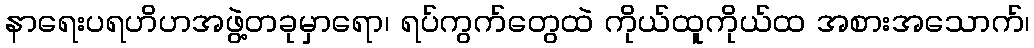
နာရေးပရဟိဟအဖွဲ့တခုမှာရော၊ ရပ်ကွက်တွေထဲ ကိုယ်ထူကိုယ်ထ အစားအသောက်၊